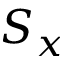
S _ { x }